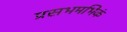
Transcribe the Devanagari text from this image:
प्रसभमभिकं